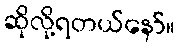
ဆိုလို့ရတယ်နော်။